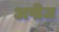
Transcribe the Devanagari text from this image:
अपीज